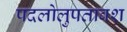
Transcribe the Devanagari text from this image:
पदलोलुपतावश